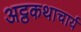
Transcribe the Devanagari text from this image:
अट्ठकथाचार्य